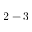
2 - 3